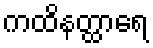
ကထိနတ္ထာရေ